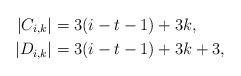
LaTeX: \begin{align*}|C_{i,k}| & = 3(i-t-1) + 3 k,\\|D_{i,k}| & = 3(i-t-1) + 3 k + 3,\end{align*}